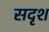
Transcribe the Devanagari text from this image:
सदृश